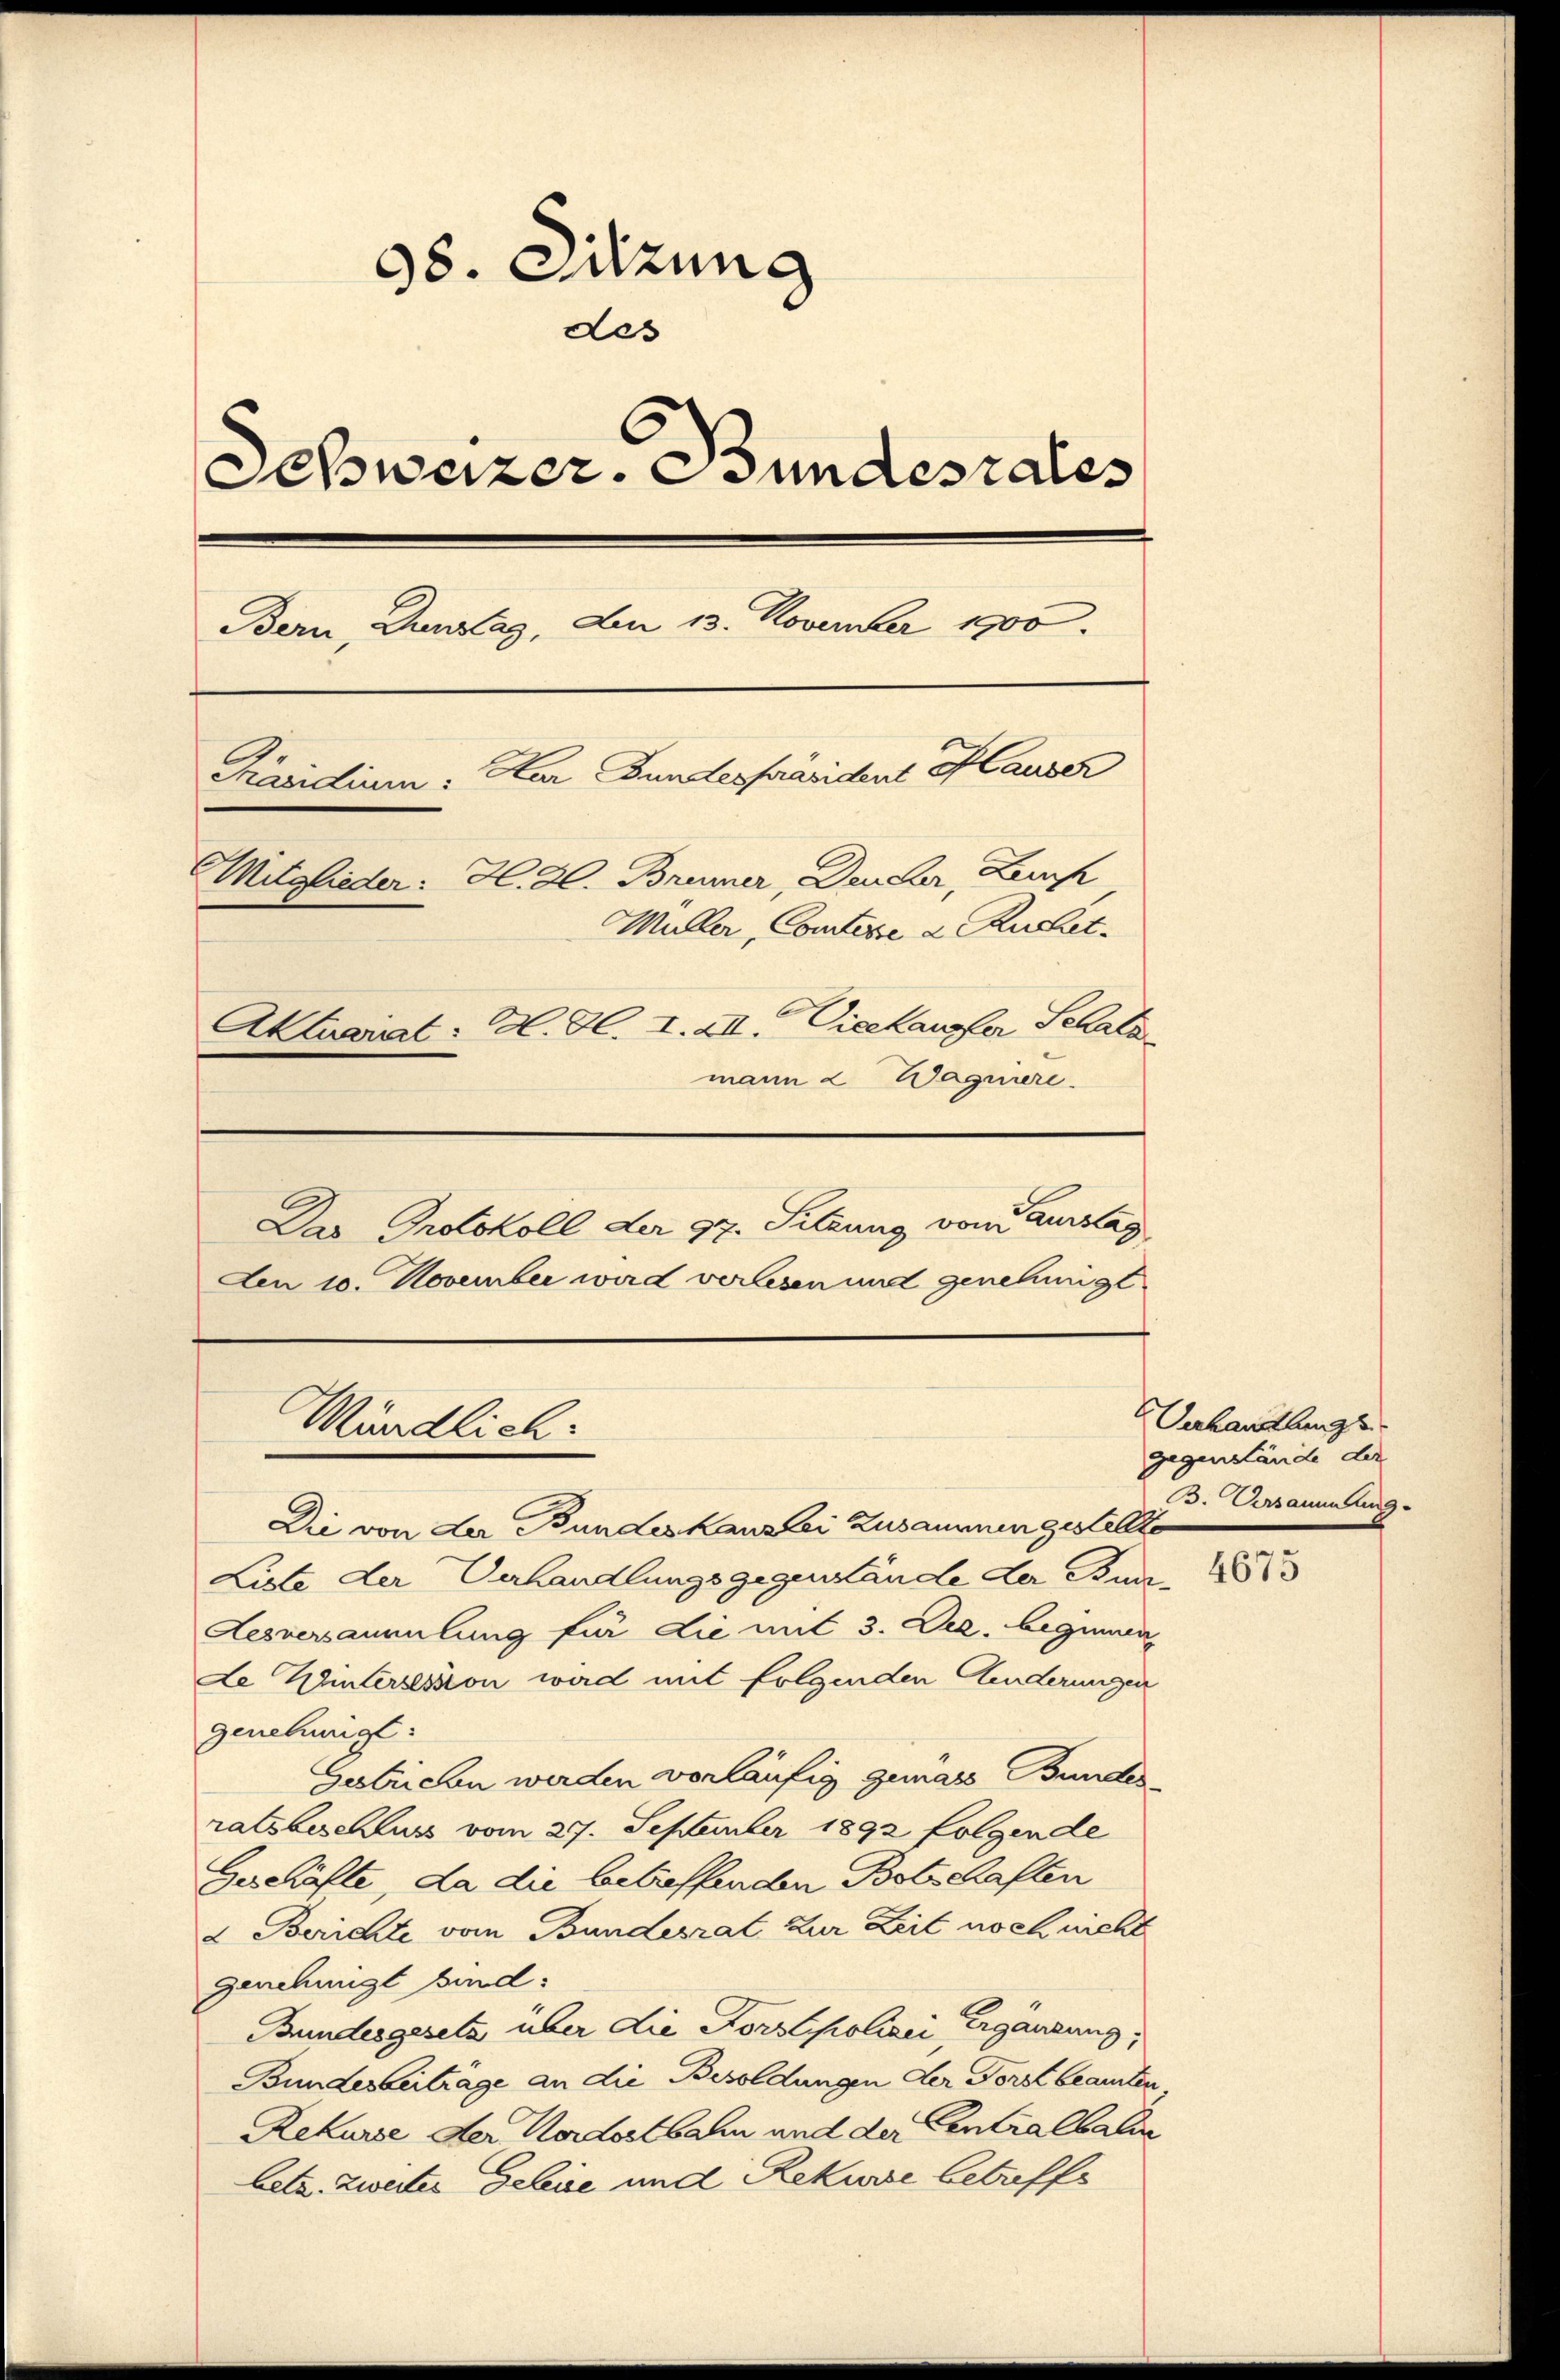
98. Sitzung
des
Schweizer. Stundesrates
Bern, Dunzlag, Am 13. November 1900.
Präsidium: Kar Bundespräsident Pauser
Mitglieder. H. Zl. Brenner, Deucher, Lauf
Müller, Contire d. Ruchet.
Aktuarit: Al. Bl. I. XII. Viehaupfer Schatz
mann 2 Wagniere.
Das Protokoll der 97. Sitzung vom Auslag
Den 10. November wird verlesen und genehmigt

Mündlich:

Die von der Bundeskanzlei Zusammen gestellte
Liste der Verhandlungsgegenhände der Bun
Lesversammlung für die mit 3. Dez. beginnen
Le Wintersession ward mit folgenden Anderungen
genehmigt:
Gestrichen werden vorläufig gemass Bundes
ratsbeschluss vom 27. September 1892 folgende
Geschäfte, da die betreffenden Botschaften
& Berichte vom Bundesrat zur Zeit noch nicht
genehmigt bind:
Bundesgesetz über die Forstpolizei Ergänzung,
Bundesbeiträge an die Besoldungen der Forstbeamten
Rekurse der Nordostbahn und der Centraltalin
betz. zweiter Gebie und Rekurse betreffe

Anhandlungs
gegenstände der
. Versammlung

4675